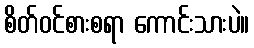
စိတ်ဝင်စားစရာ ကောင်းသားပဲ။